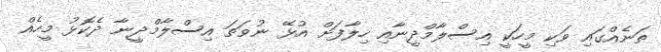
ތަނެއްގައި ވަކި މީހަކީ އިސްލާމްދީނާއި ހިލާފަށް އުޅޭ ނުވަތަ އިސްލާމްދީނާ ދެކޮޅު މީހެއް